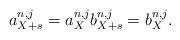
LaTeX: \begin{align*} a_{X+s}^{n,j} = a_X^{n,j} b_{X+s}^{n,j} = b_X^{n,j}.\end{align*}